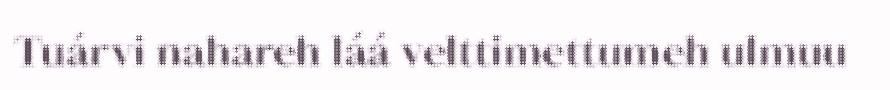
Tuárvi nahareh láá velttimettumeh ulmuu